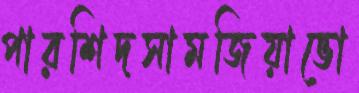
পারশিদসামজিয়াভো